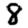
Digit: 8